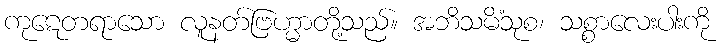
ကုဋေတရာသော လူနတ်ဗြဟ္မာတို့သည်။ အဘိသမိံသုစ၊ သစ္စာလေးပါးကို